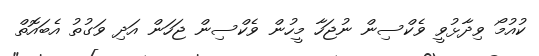
ކުއުމޯ ވިދާޅުވީ ވެކްސިން ނުޖަހާ މީހުން ވެކްސިން ޖަހަން އަދި ވަގުތު އެބައޮތް